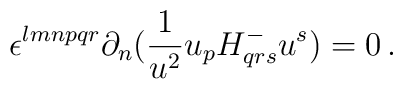
\epsilon^{lmnpqr}\partial_n({1\over{u^2}}u_p H^-_{qrs}u^s)=0\, .